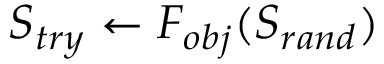
S _ { t r y } \gets F _ { o b j } ( S _ { r a n d } )